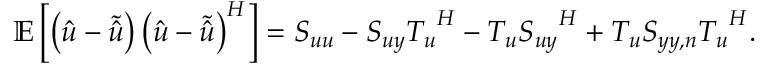
\mathbb { E } \left[ \left( \boldsymbol { \hat { u } } - \boldsymbol { \tilde { \hat { u } } } \right) \left( \boldsymbol { \hat { u } } - \boldsymbol { \tilde { \hat { u } } } \right) ^ { H } \right] = \boldsymbol { S _ { u u } } - \boldsymbol { S _ { u y } } \boldsymbol { T _ { u } } ^ { H } - \boldsymbol { T _ { u } } \boldsymbol { S _ { u y } } ^ { H } + \boldsymbol { T _ { u } } \boldsymbol { S _ { y y , n } } \boldsymbol { T _ { u } } ^ { H } .